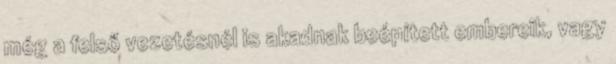
még a felső vezetésnél is akadnak beépített embereik, vagy